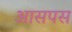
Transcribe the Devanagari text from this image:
आसपस